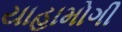
યાહામોગી